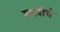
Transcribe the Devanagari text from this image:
गारदीचे